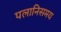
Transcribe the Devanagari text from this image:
पलानिसमय